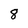
Character: 8